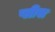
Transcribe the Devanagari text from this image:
प्लीस